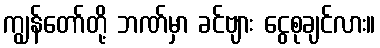
ကျွန်တော်တို့ ဘဏ်မှာ ခင်ဗျား ငွေစုချင်လား။